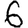
Digit: 6